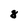
Character: 8